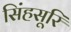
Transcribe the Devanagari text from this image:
सिंहसूरि